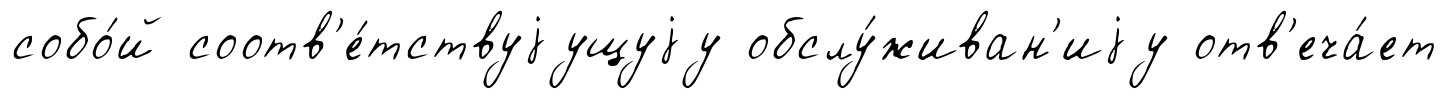
собо́й соотв'е́тствуjущуjу обслу́живан'иjу отв'еча́ет